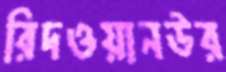
রিদওয়ানউর